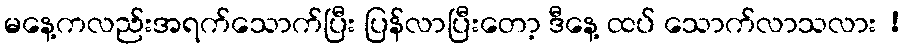
မနေ့ကလည်းအရက်သောက်ပြီး ပြန်လာပြီးတော့ ဒီနေ့ ထပ် သောက်လာသလား !